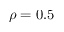
\rho = 0 . 5